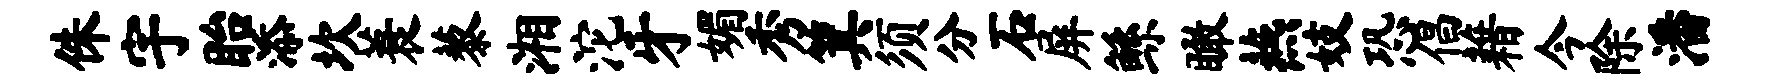
侏宇眙添坎蓑藜湘沱牙媚秀箕须分石屏鲧瞰燕妓恐倡藉今除潘